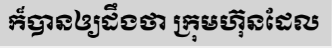
ក៏បានឲ្យដឹងថា ក្រុមហ៊ុនដែល